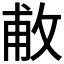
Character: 𢽊